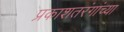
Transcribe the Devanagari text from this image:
प्रकाशतरंगांच्या